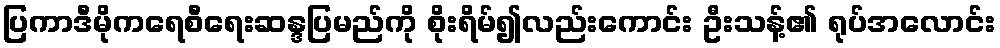
ပြကာဒီမိုကရေစီရေးဆန္ဒပြမည်ကို စိုးရိမ်၍လည်းကောင်း ဦးသန့်၏ ရုပ်အလောင်း